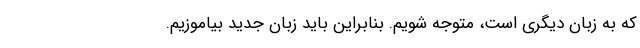
که به زبان دیگری است، متوجه شویم. بنابراین باید زبان جدید بیاموزیم.